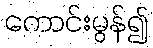
ကောင်းမွန်၍